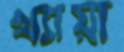
খ্যায়া